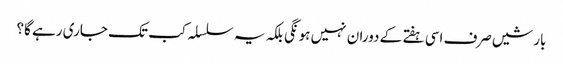
بارشیں صرف اسی ہفتے کے دوران نہیں ہونگی بلکہ یہ سلسلہ کب تک جاری رہے گا؟